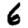
Digit: 6